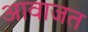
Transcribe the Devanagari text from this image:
आवाजत